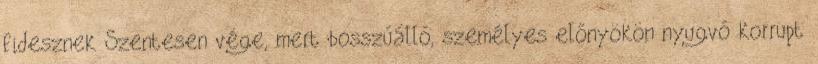
fidesznek Szentesen vége, mert bosszúálló, személyes előnyökön nyugvó korrupt